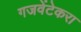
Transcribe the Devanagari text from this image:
गजवेंटेकरा